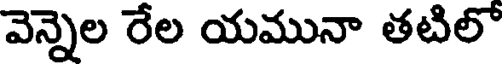
వెన్నెల రేల యమునా తటిలో